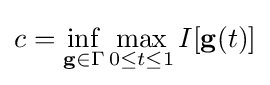
c=\inf _{\mathbf {g} \in \Gamma }\max _{0\leq t\leq 1}I[\mathbf {g} (t)]